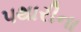
પથારીના